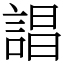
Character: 誯